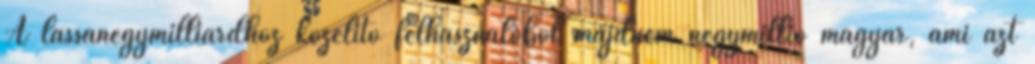
A lassanegymilliárdhoz közelítő felhasználóból majdnem négymillió magyar, ami azt